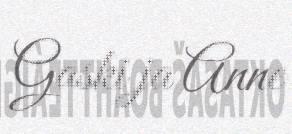
Gaski ja Anne